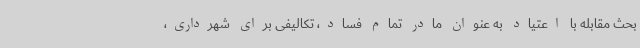
بحث مقابله با اعتیاد به عنوان مادر تمام فساد، تکالیفی برای شهرداری،